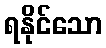
ရနိုင်သော